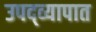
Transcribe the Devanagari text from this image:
उपद्व्यापात